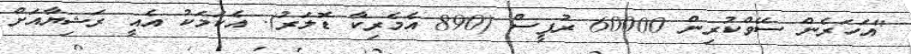
"އަހަރެން ސޭވްކުރިން 60000 ރުޕީސް (890 އެމެރިކާ ޑޮލަރު). އެކަމަކު އެއީ ރަޝިޔާއަށް